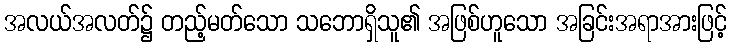
အလယ်အလတ်၌ တည့်မတ်သော သဘောရှိသူ၏ အဖြစ်ဟူသော အခြင်းအရာအားဖြင့်